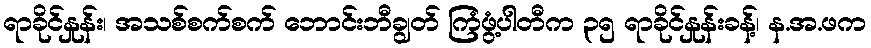
ရာခိုင်နှုန်း၊ အသစ်စက်စက် ဘောင်းဘီချွတ် ကြံဖွံ့ပါတီက ၃၅ ရာခိုင်နှုန်းခန့်၊ န.အ.ဖက